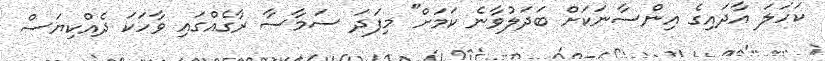
ކަހަލަ އާދައިގެ އިންސާނަކަށް ބަދަލުވާނެ ކަމަށް" މިފަދަ ސަމާސާ ރާގެއްގައި ވާހަކަ ދެއްކިޔަސް